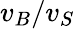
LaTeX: v_{B}/v_{S}